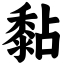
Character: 黏